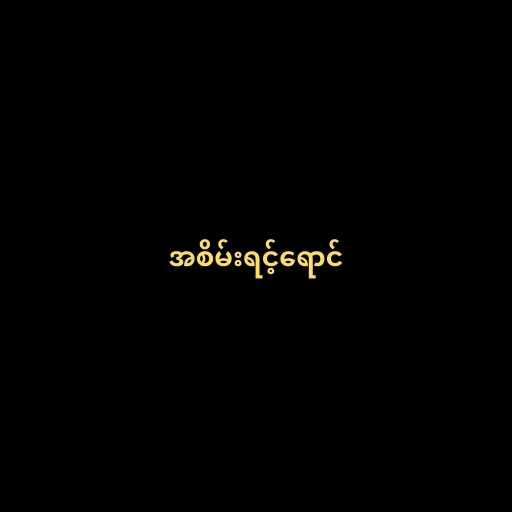
အစိမ်းရင့်ရောင်